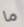
ما